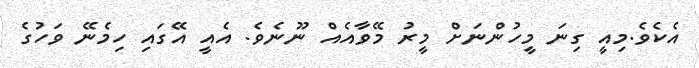
އެކެވެ.މިއީ ގިނަ މީހުންނަށް މީރު މޭވާއެއް ނޫނެވެ. އެއީ އޭގައި ހިމެނޭ ވަހުގެ